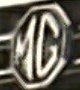
MG